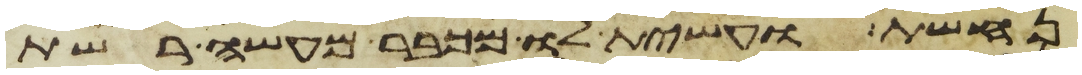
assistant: נחשת ועשית לו מכבר מעשה רשת